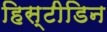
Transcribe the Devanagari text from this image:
हिस्टीडिन